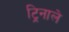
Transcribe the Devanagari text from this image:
ट्रिनाले